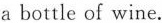
a bottle of wine.